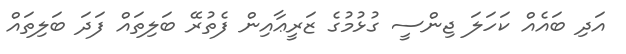
އަދި ބައެއް ކަހަލަ ޖިންސީ ގުޅުމުގެ ޒަރީޢާއިން ފެތުރޭ ބަލިތައް ފަދަ ބަލިތައް